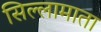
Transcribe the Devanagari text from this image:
सिल्लामाता